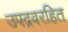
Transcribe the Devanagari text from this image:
उपद्रवरहित